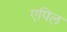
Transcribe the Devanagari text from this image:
एपिल